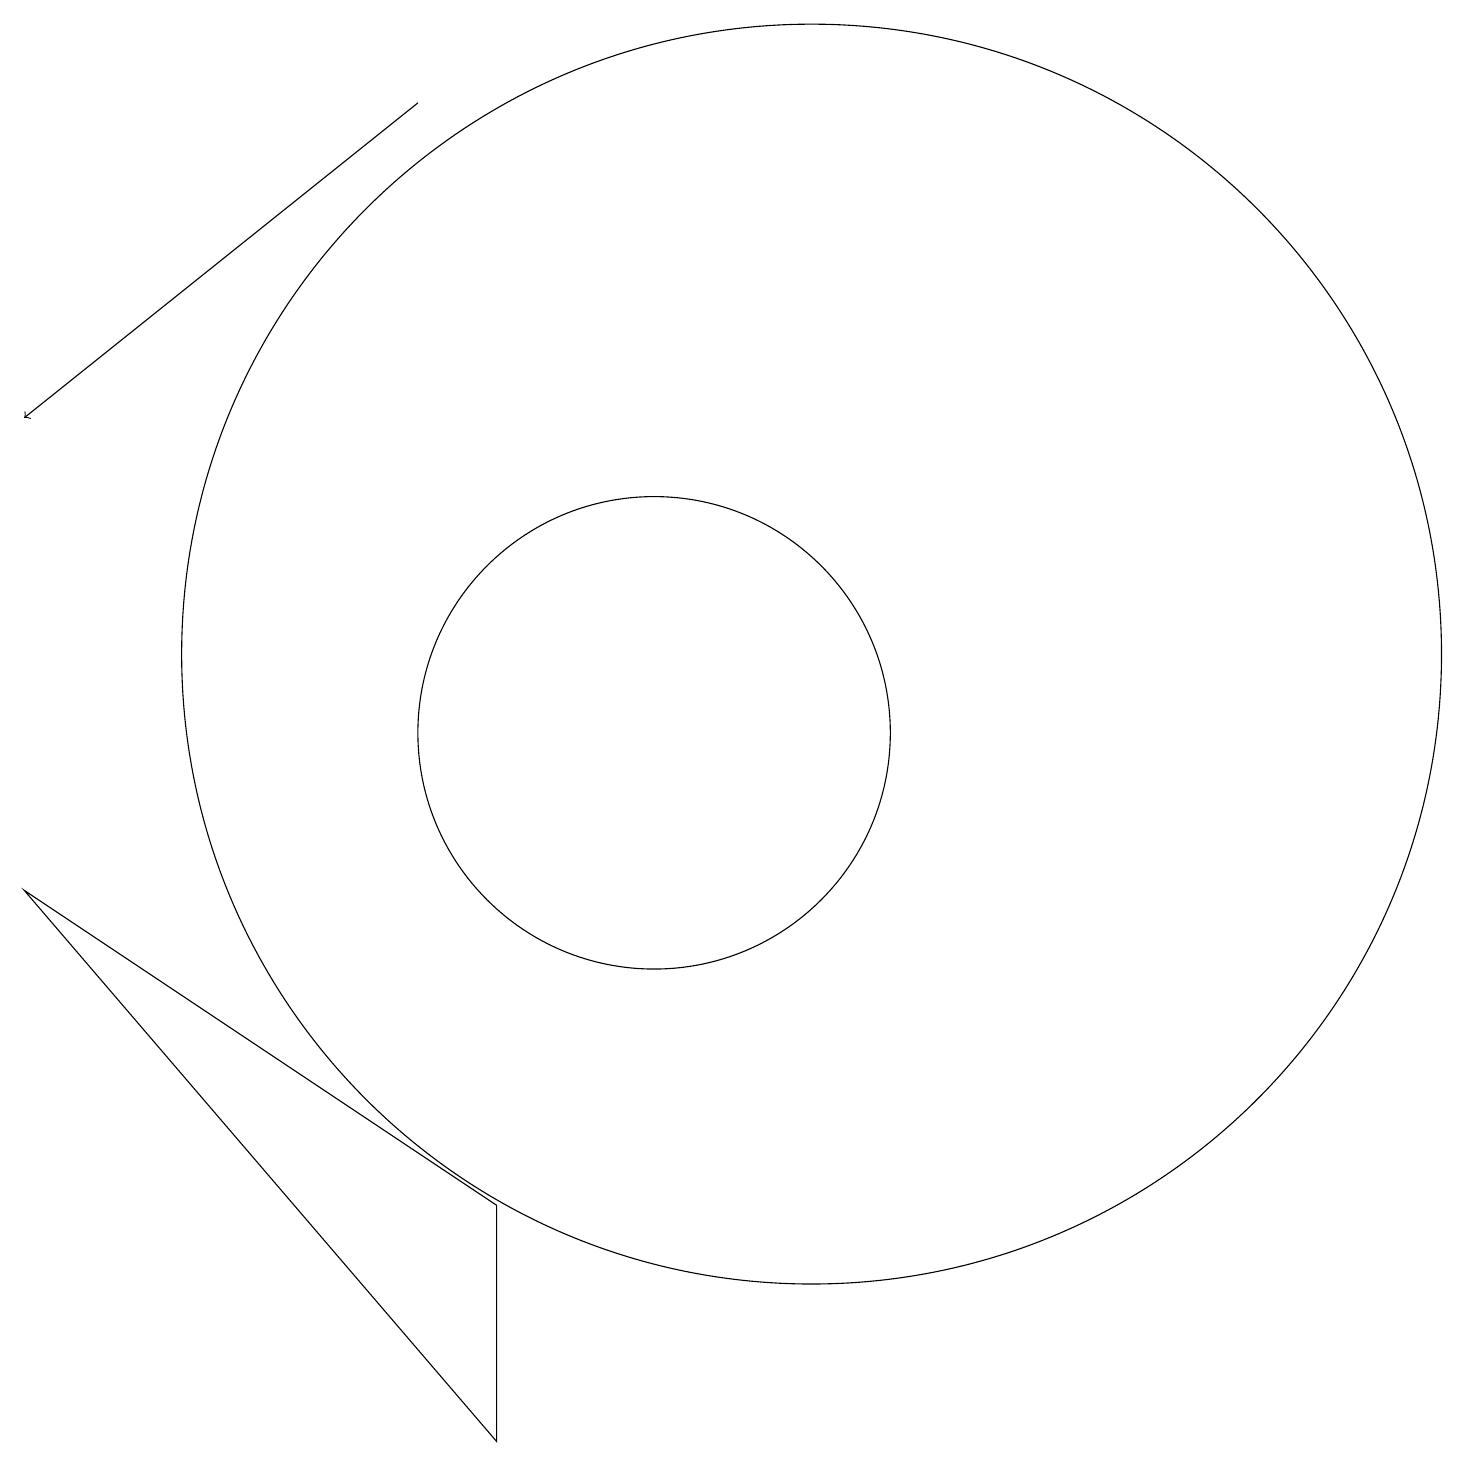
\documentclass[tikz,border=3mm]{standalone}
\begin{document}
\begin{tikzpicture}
\draw (10,11) circle (3);
\draw (12,12) circle (8);
\draw[->] (7,19) -- (2,15);
\draw (8,5) -- (2,9) -- (8,2) -- cycle;
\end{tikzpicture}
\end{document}